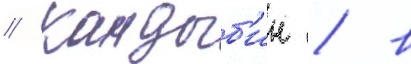
// Кандыб'ин / в